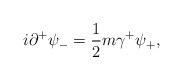
LaTeX: \begin{align*}i{\partial}^{+}{\psi}_{-} =\frac{1}{2} m {\gamma}^{+} {\psi}_{+},\end{align*}